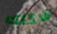
شكلك